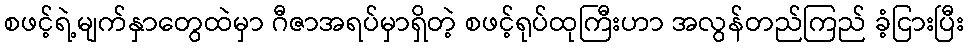
စဖင့်ရဲ့မျက်နှာတွေထဲမှာ ဂီဇာအရပ်မှာရှိတဲ့ စဖင့်ရုပ်ထုကြီးဟာ အလွန်တည်ကြည် ခံ့ငြားပြီး